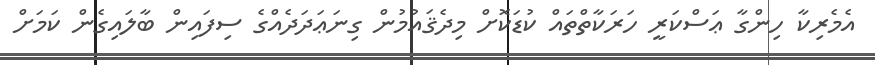
އެމެރިކާ ހިންގާ ޢަސްކަރީ ހަރަކާތްތައް ކުޑަކޮށް މިދެޤައުމުން ގިނަޢަދަދެއްގެ ސިފައިން ބާލައިގެން ކަމަށް